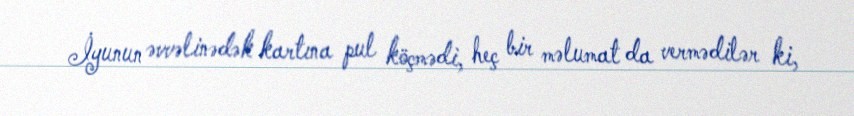
İyunun əvvəlinədək kartına pul köçmədi, heç bir məlumat da vermədilər ki,